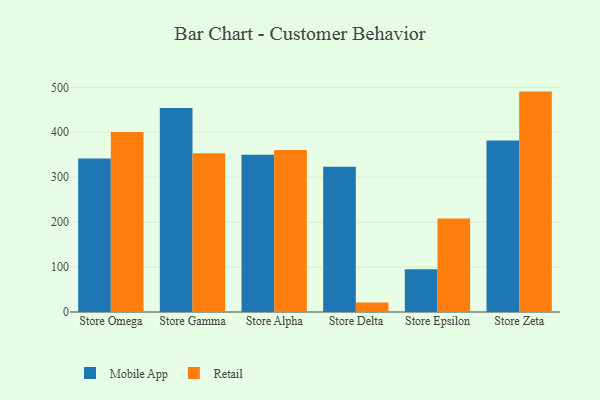
{"axis": {"x": "Store", "y": "Market Share (%)"}, "legend": ["Mobile App", "Retail"], "data": [{"x": "Store Omega", "y": 341.6, "type": "Mobile App"}, {"x": "Store Omega", "y": 400.7, "type": "Retail"}, {"x": "Store Gamma", "y": 454.1, "type": "Mobile App"}, {"x": "Store Gamma", "y": 353.2, "type": "Retail"}, {"x": "Store Alpha", "y": 349.8, "type": "Mobile App"}, {"x": "Store Alpha", "y": 360.8, "type": "Retail"}, {"x": "Store Delta", "y": 323.1, "type": "Mobile App"}, {"x": "Store Delta", "y": 21.0, "type": "Retail"}, {"x": "Store Epsilon", "y": 95.3, "type": "Mobile App"}, {"x": "Store Epsilon", "y": 208.1, "type": "Retail"}, {"x": "Store Zeta", "y": 381.8, "type": "Mobile App"}, {"x": "Store Zeta", "y": 490.5, "type": "Retail"}]}